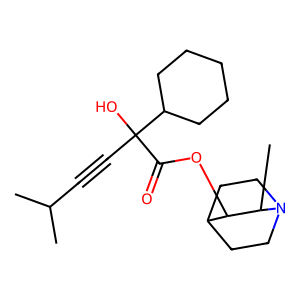
SMILES: CC(C)C#CC(O)(C(=O)OC1C2CCN(CC2)C1C)C1CCCCC1
Inhibits HIV replication: No